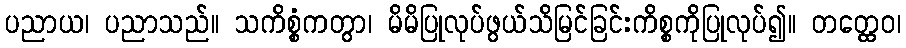
ပညာယ၊ ပညာသည်။ သကိစ္စံကတွာ၊ မိမိပြုလုပ်ဖွယ်သိမြင်ခြင်းကိစ္စကိုပြုလုပ်၍။ တတ္ထေဝ၊